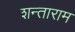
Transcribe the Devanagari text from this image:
शन्ताराम